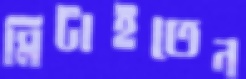
মিটাইতেন